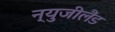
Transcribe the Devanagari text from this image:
न्युजीलैंड